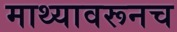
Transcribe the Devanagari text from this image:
माथ्यावरूनच